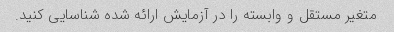
متغیر مستقل و وابسته را در آزمایش ارائه شده شناسایی کنید.